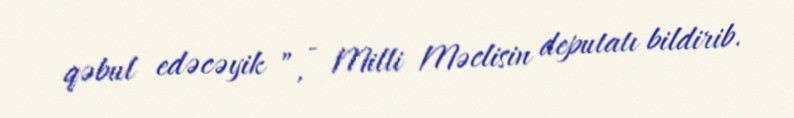
qəbul edəcəyik ”, - Milli Məclisin deputatı bildirib.